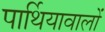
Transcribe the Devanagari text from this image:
पार्थियावालों